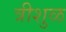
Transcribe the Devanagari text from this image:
त्रीशुळ